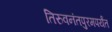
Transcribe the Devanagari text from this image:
तिरुवनंतपुरमपर्यंत